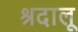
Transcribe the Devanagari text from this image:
श्रदालू